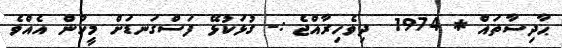
ޙާދިސާތައް * 1974  ދިވެހިރާއްޖެ :- ގުޅަކުޅޭ ފަސްގަނޑަށް މީހުން އެއްވެ